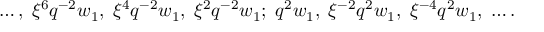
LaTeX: \ldots , \; \xi ^ { 6 } q ^ { - 2 } w _ { 1 } , \; \xi ^ { 4 } q ^ { - 2 } w _ { 1 } , \; \xi ^ { 2 } q ^ { - 2 } w _ { 1 } ; \; q ^ { 2 } w _ { 1 } , \; \xi ^ { - 2 } q ^ { 2 } w _ { 1 } , \; \xi ^ { - 4 } q ^ { 2 } w _ { 1 } , \; \ldots .